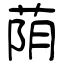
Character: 荫